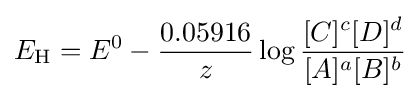
E_{\text{H}}=E^{0}-{\frac {0.05916}{z}}\log {\frac {[C]^{c}[D]^{d}}{[A]^{a}[B]^{b}}}